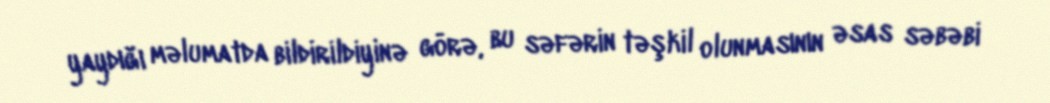
yaydığı məlumatda bildirildiyinə görə, bu səfərin təşkil olunmasının əsas səbəbi